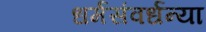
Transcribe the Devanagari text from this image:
धर्मसंवर्धन्या